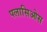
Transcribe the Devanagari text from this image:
पलासिओस